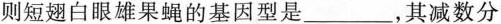
则短翅白眼雄果蝇的基因型是______，其减数分